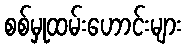
စစ်မှုထမ်းဟောင်းများ